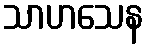
သာဟသေန